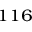
^ { 1 1 6 }